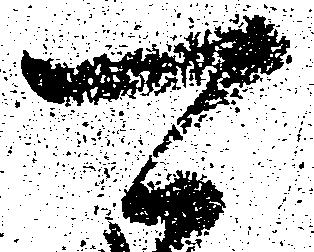
可